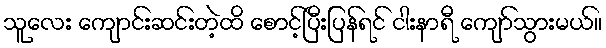
သူလေး ကျောင်းဆင်းတဲ့ထိ စောင့်ပြီးပြန်ရင် ငါးနာရီ ကျော်သွားမယ်။